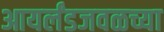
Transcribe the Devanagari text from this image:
आयर्लंडजवळच्या